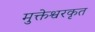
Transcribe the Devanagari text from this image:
मुक्तेश्वरकृत